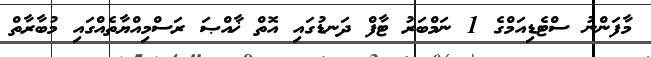
މާފަންނު ސްޓެޑިއަމްގެ 1 ނަމްބަރު ޓާފް ދަނޑުގައި އޮތް ޚާއްޞަ ރަސްމިއްޔާތެއްގައި މުބާރާތް